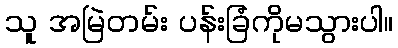
သူ အမြဲတမ်း ပန်းခြံကိုမသွားပါ။